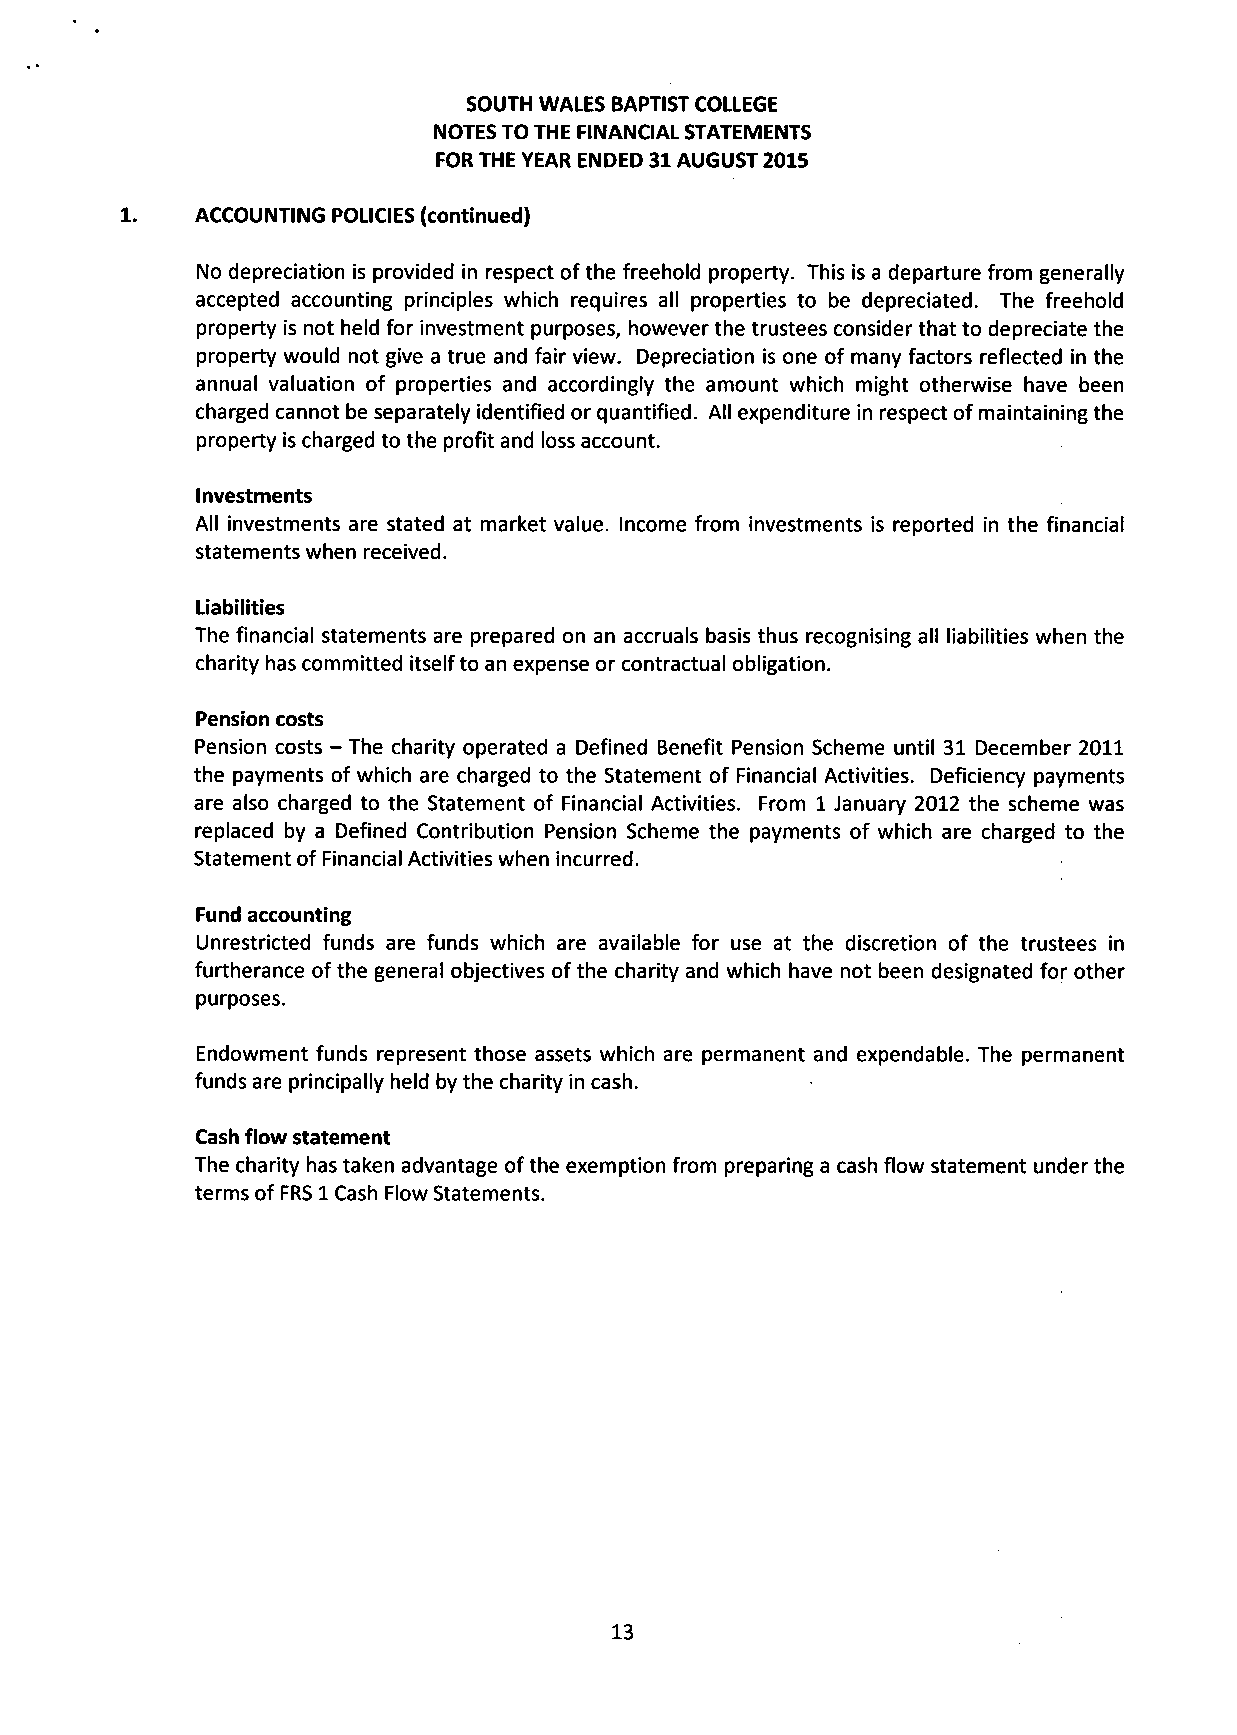
SOUTH WALES BAPTIST COLLEGE
 NOTES TO THE FINANCIAL STATEMENTS
 FOR THE YEAR ENDED 31 AUGUST 2015
 1.   ACCOUNTING POLICIES (continued)
 No depreciation is provided in respect of the freehold property. This is a departure from generally
 accepted accounting principles which requires all properties to be depreciated. The freehold
 property is not held for investment purposes, however the trustees consider that to depreciate the
 property would not give a true and fair view. Depreciation is one of many factors reflected in the
 annual valuation of properties and accordingly the amount which might otherwise have been
 charged cannot be separately identified or quantified. All expenditure in respect of maintaining the
 property is charged to the profit and loss account.
 Investments
 All investments are stated at market value. Income from investments is reported in the financial
 statements when received.
 Liabilities
 The financial statements are prepared on an accruals basis thus recognising all liabilities when the
 charity has committed itself to an expense or contractual obligation.
 Pension costs
 Pension costs - The charity operated a Defined Benefit Pension Scheme until 31 December 2011
 the payments of which are charged to the Statement of Financial Activities. Deficiency payments
 are also charged to the Statement of Financial Activities. From 1 January 2012 the scheme was
 replaced by a Defined Contribution Pension Scheme the payments of which are charged to the
 Statement of Financial Activities when incurred.
 Fund accounting
 Unrestricted funds are funds which are available for use at the discretion of the trustees in
 furtherance of the general objectives of the charity and which have not been designated for other
 purposes.
 Endowment funds represent those assets which are permanent and expendable. The permanent
 funds are principally held by the charity in cash.
 Cash flow statement
 The charity has taken advantage of the exemption from preparing a cash flow statement under the
 terms of FRS 1 Cash Flow Statements.
 13